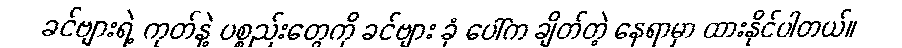
ခင်ဗျားရဲ့ ကုတ်နဲ့ ပစ္စည်းတွေကို ခင်ဗျား ခုံ ပေါ်က ချိတ်တဲ့ နေရာမှာ ထားနိုင်ပါတယ်။